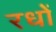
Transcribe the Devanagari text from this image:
रधों